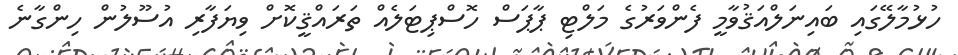
ހުޅުމާލޭގައި ބައިނަލްއަޤުވާމީ ފެންވަރުގެ މަލްޓި ޕާޕަސް ހޮސްޕިޓަލެއް ތަރައްޤީކޮށް ވިޔަފާރި އުސޫލުން ހިންގާނެ